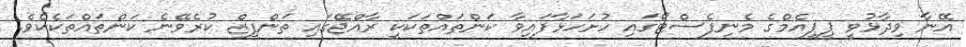
އޭނާ ވިދާޅުވީ ޕީޕީއެމްގެ މެނިފެސްޓޯގައި ހުށަހަޅާފައިވާ ކަންތައްތަކަކީ ރާއްޖޭގައި ތަންފީޒް ކުރެވޭނެ ކަންތައްތަކެކެވެ.